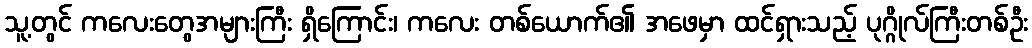
သူ့တွင် ကလေးတွေအများကြီး ရှိကြောင်း၊ ကလေး တစ်ယောက်၏ အဖေမှာ ထင်ရှားသည့် ပုဂ္ဂိုလ်ကြီးတစ်ဦး